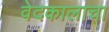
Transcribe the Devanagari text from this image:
वेदकालाचा